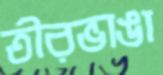
তীরভাঙা